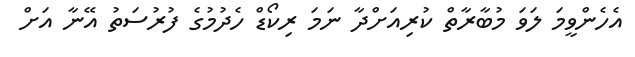
އެހެންވީމަ ލަވަ މުބާރާތް ކުރިއަށްދާ ނަމަ ރިކޯޑް ހެދުމުގެ ފުރުސަތު އޭނާ އަށް